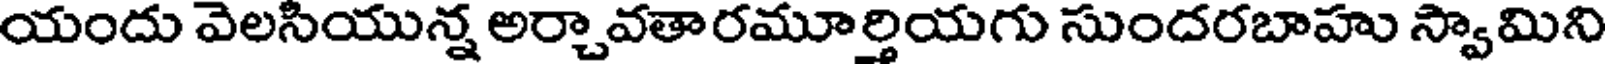
యందు వెలసియున్న అర్చావతారమూర్తియగు సుందరబాహు స్వామిని